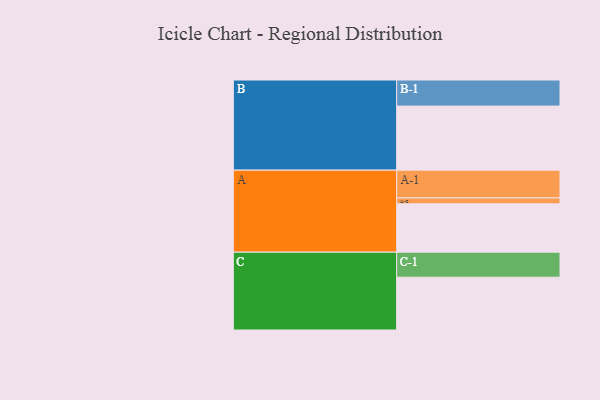
{"axis": {"x": "Segment", "y": "Value"}, "legend": ["", "A", "B", "C"], "data": [{"x": "A", "y": 447, "type": ""}, {"x": "B", "y": 592, "type": ""}, {"x": "C", "y": 488, "type": ""}, {"x": "A-1", "y": 257, "type": "A"}, {"x": "A-2", "y": 54, "type": "A"}, {"x": "B-1", "y": 241, "type": "B"}, {"x": "C-1", "y": 231, "type": "C"}]}